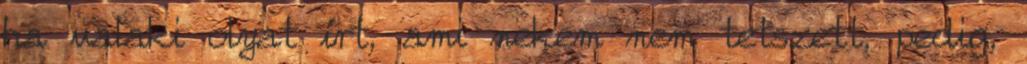
ha valaki olyat írt, ami nekem nem tetszett, pedig,